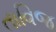
તાવિજ